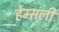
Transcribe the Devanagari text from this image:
हेम्सली